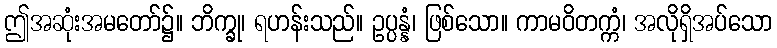
ဤအဆုံးအမတော်၌။ ဘိက္ခု၊ ရဟန်းသည်။ ဥပ္ပန္နံ၊ ဖြစ်သော။ ကာမဝိတက္ကံ၊ အလိုရှိအပ်သော